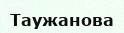
Таужанова